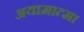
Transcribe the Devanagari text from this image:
अयामात्मा